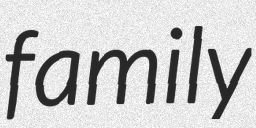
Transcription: family